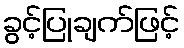
ခွင့်ပြုချက်ဖြင့်